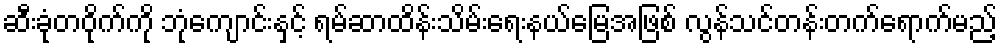
ဆီးခုံတဝိုက်ကို ဘုံကျောင်းနှင့် ရမ်ဆာထိန်းသိမ်းရေးနယ်မြေအဖြစ် လွန်သင်တန်းတက်ရောက်မည့်